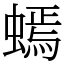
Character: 䗡